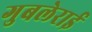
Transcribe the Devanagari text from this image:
गुबलेराई